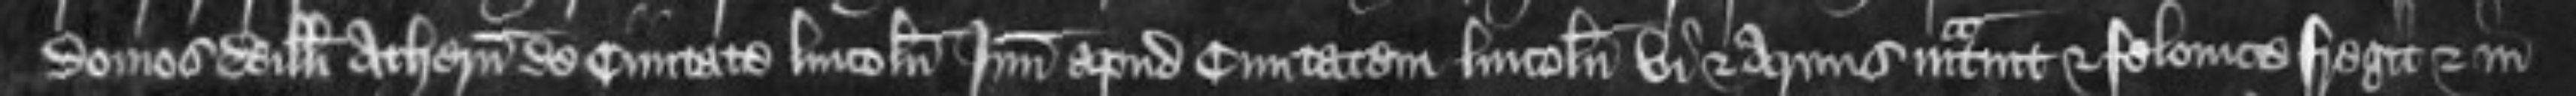
domos Willelmi Athern de civitate Lincolnie apud civitatem Lincolnie vi et armis intravit et felonice fregit et in